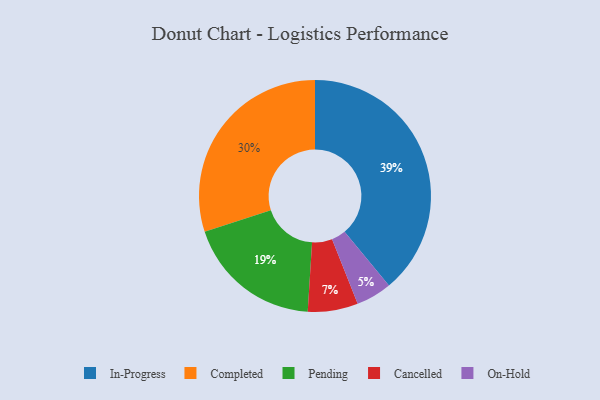
{"axis": {"x": "Category", "y": "Percentage"}, "legend": ["Cancelled", "Completed", "In-Progress", "On-Hold", "Pending"], "data": [{"x": "In-Progress", "y": 39, "type": "In-Progress"}, {"x": "Cancelled", "y": 7, "type": "Cancelled"}, {"x": "Pending", "y": 19, "type": "Pending"}, {"x": "Completed", "y": 30, "type": "Completed"}, {"x": "On-Hold", "y": 5, "type": "On-Hold"}]}